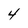
Character: 4